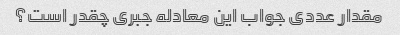
مقدار عددی جواب این معادله جبری چقدر است؟